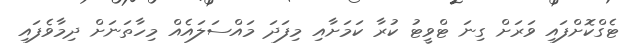
ޓެގްކޮށްފައި ވަރަށް ގިނަ ޓްވީޓު ކުރާ ކަމަށާއި މިފަދަ މައްސަލައެއް މިހާތަނަށް ދިމާވެފައި